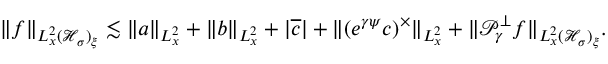
\begin{array} { r } { \| f \| _ { L _ { x } ^ { 2 } ( \mathcal H _ { \sigma } ) _ { \xi } } \lesssim \| a \| _ { L _ { x } ^ { 2 } } + \| b \| _ { L _ { x } ^ { 2 } } + | \overline { c } | + \| ( e ^ { \gamma \psi } c ) ^ { \times } \| _ { L _ { x } ^ { 2 } } + \| \mathcal P _ { \gamma } ^ { \perp } f \| _ { L _ { x } ^ { 2 } ( \mathcal H _ { \sigma } ) _ { \xi } } . } \end{array}